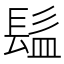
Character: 𩬬